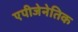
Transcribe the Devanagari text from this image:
एपीजेनेतिक